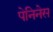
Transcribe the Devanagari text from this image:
पेनिनेस